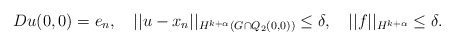
\begin{align*}Du(0, 0)=e_n,\ \ \ ||u-x_n||_{H^{k + \alpha}(G \cap Q_{2}(0,0))} \leq \delta,\ \ \ ||f||_{H^{k + \alpha}} \leq \delta.\end{align*}